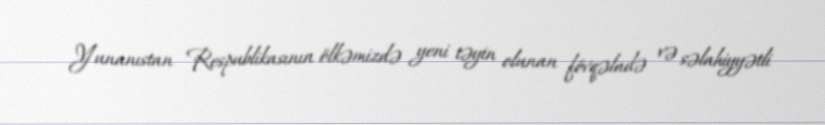
Yunanıstan Respublikasının ölkəmizdə yeni təyin olunan fövqəladə və səlahiyyətli